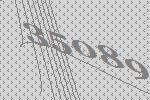
35089